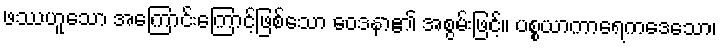
ဖဿဟူသော အကြောင်းကြောင့်ဖြစ်သော ဝေဒနာ၏ အစွမ်းဖြင့်။ ပစ္စယာကာရေကဒေသော၊